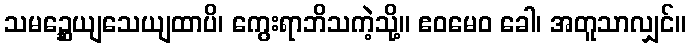
သမဉ္ဆေယျသေယျထာပိ၊ ကွေးရာဘိသကဲ့သို့။ ဧဝမေဝ ခေါ၊ အတူသာလျှင်။